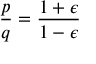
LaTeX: \frac { p } { q } = \frac { 1 + \epsilon } { 1 - \epsilon }